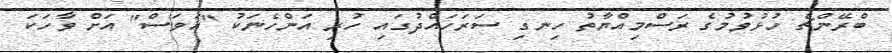
ބްރޭންޗް ހުޅުވުމުގެ ރަސްމިއްޔާތު ހިނގި ސަރަހައްދުގައި ހުރި އަންހެނަކު "އަވަސް" އަށް ވާހަކަ